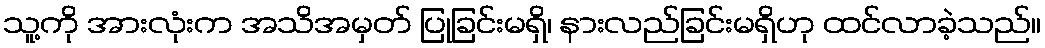
သူ့ကို အားလုံးက အသိအမှတ် ပြုခြင်းမရှိ၊ နားလည်ခြင်းမရှိဟု ထင်လာခဲ့သည်။